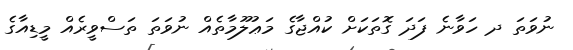
ނުވަތަ ދ ހަވާނެ ފަދަ ގޮތަކަށް ކުއްޖާގެ މަޢުލޫމާތެއް ނުވަތަ ތަސްވީރެއް މީޑިއާގެ